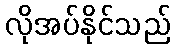
လိုအပ်နိုင်သည်